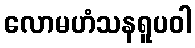
လောမဟံသနရူပဝါ